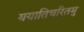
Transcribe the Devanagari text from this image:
ययातिचरितमु